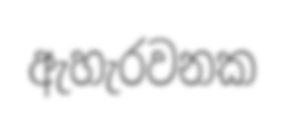
ඇහැරවනක